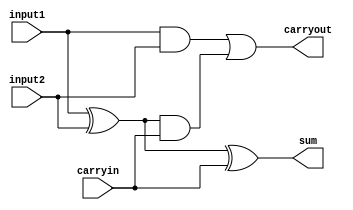
module adder_1_bit(input1,input2,sum,carryout,carryin);
input input1,input2,carryin;//we carry out one bit addition
output  sum,carryout;
xor xor1(out1,input1,input2);
xor xor2(sum,out1,carryin);//sum is 2 exclusive or 
and and1 (out2,out1,carryin);
and and2(out3,input1,input2);
or  or1(carryout,out3,out2);
        

endmodule